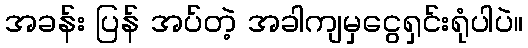
အခန်း ပြန် အပ်တဲ့ အခါကျမှငွေရှင်းရုံပါပဲ။